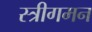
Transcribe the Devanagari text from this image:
स्त्रीगमन